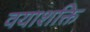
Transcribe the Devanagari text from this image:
वयाशक्ति